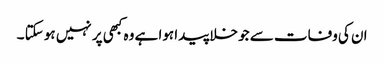
ان کی وفات سے جو خلا پیدا ہوا ہے وہ کبھی پر نہیں ہو سکتا ۔